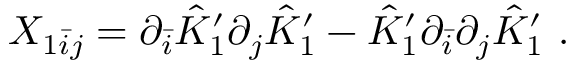
X _ { 1 \bar { i } j } = \partial _ { \bar { i } } \hat { K } _ { 1 } ^ { \prime } \partial _ { j } \hat { K } _ { 1 } ^ { \prime } - \hat { K } _ { 1 } ^ { \prime } \partial _ { \bar { i } } \partial _ { j } \hat { K } _ { 1 } ^ { \prime } \ .